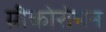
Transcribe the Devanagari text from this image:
ग्रीकोरोमन